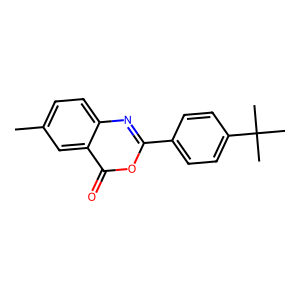
SMILES: Cc1ccc2nc(-c3ccc(C(C)(C)C)cc3)oc(=O)c2c1
Inhibits HIV replication: No